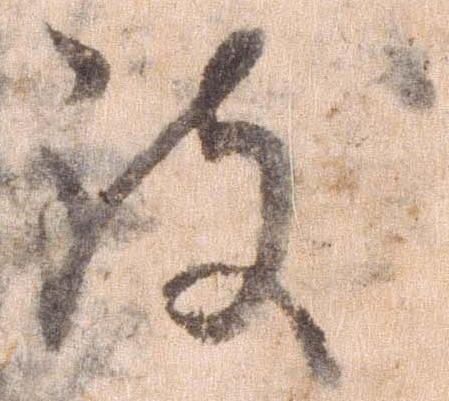
致